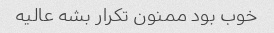
خوب بود ممنون تکرار بشه عالیه